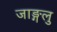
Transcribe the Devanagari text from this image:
जाङ्गलु